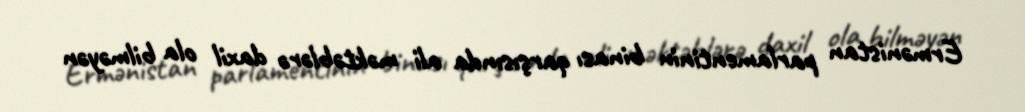
Ermənistan parlamentinin binası qarşısında ali məktəblərə daxil ola bilməyən